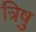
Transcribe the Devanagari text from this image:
त्रिषु